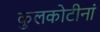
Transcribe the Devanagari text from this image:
कुलकोटीनां